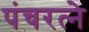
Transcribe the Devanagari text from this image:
पंचरत्‍ने